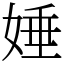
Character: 娷